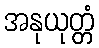
အနုယုတ္တံ